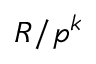
R / { \mathfrak { p } } ^ { k }